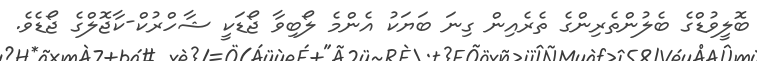
ބޮލީވުޑްގެ ބެލުންތެރިންގެ ތެރެއިން ގިނަ ބަޔަކު އެންމެ ލޯބިވާ ޖޯޑަކީ ޝާހްރުކް-ކާޖޮލްގެ ޖޯޑެވެ.